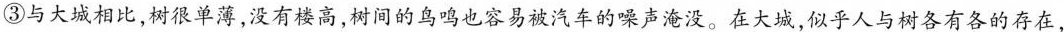
③与大城相比，树很单薄，没有楼高，树间的鸟鸣也容易被汽车的噪声淹没。在大城，似乎人与树各有各的存在，